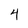
Character: 4